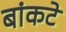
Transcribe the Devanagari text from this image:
बांकटे